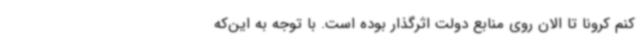
کنم کرونا تا الان روی منابع دولت اثرگذار بوده است. با توجه به این‌که